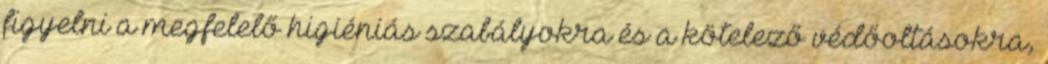
figyelni a megfelelő higiéniás szabályokra és a kötelező védőoltásokra,